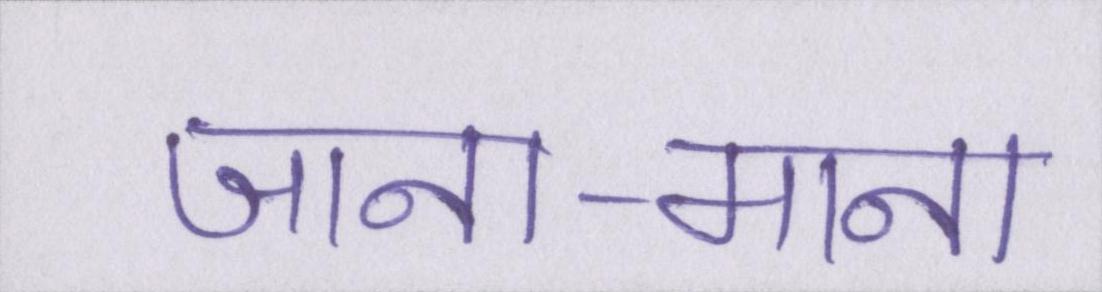
जाना-माना